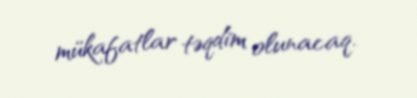
mükafatlar təqdim olunacaq.